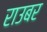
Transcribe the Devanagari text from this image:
राउबर